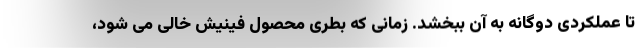
تا عملکردی دوگانه به آن ببخشد. زمانی که بطری محصول فینیش خالی می شود،